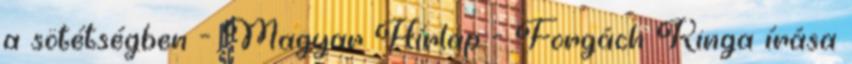
a sötétségben - Magyar Hírlap - Forgách Kinga írása